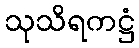
သုသိရကဋ္ဌံ